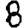
Digit: 8